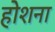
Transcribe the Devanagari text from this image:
होशना